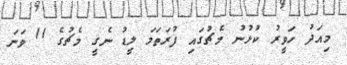
މިއަދު ހަވީރު ކުޅުނު މެޗުގައި ފުރަތަމަ ލީޑު ނެގީ މެޗުގެ 11 ވަނަ